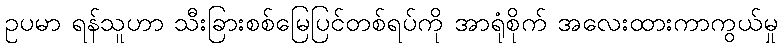
ဥပမာ ရန်သူဟာ သီးခြားစစ်မြေပြင်တစ်ရပ်ကို အာရုံစိုက် အလေးထားကာကွယ်မှု